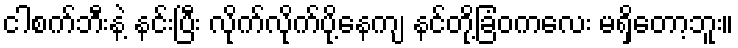
ငါစက်ဘီးနဲ့ နင်းပြီး လိုက်လိုက်ပို့နေကျ နင်တို့ခြံဝကလေး မရှိတော့ဘူး။